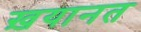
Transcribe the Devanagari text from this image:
ख़यानत